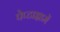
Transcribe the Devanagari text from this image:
पेप्टाइडमें